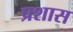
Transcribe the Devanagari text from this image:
प्रशास